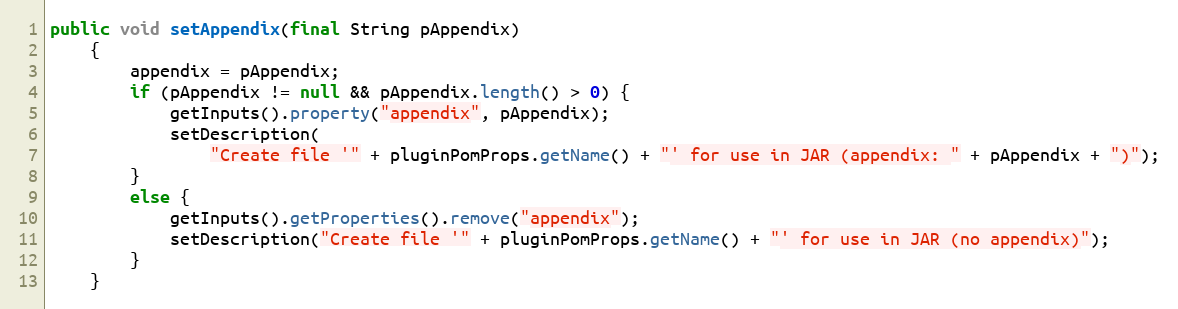
Language: Java
public void setAppendix(final String pAppendix)
    {
        appendix = pAppendix;
        if (pAppendix != null && pAppendix.length() > 0) {
            getInputs().property("appendix", pAppendix);
            setDescription(
                "Create file '" + pluginPomProps.getName() + "' for use in JAR (appendix: " + pAppendix + ")");
        }
        else {
            getInputs().getProperties().remove("appendix");
            setDescription("Create file '" + pluginPomProps.getName() + "' for use in JAR (no appendix)");
        }
    }